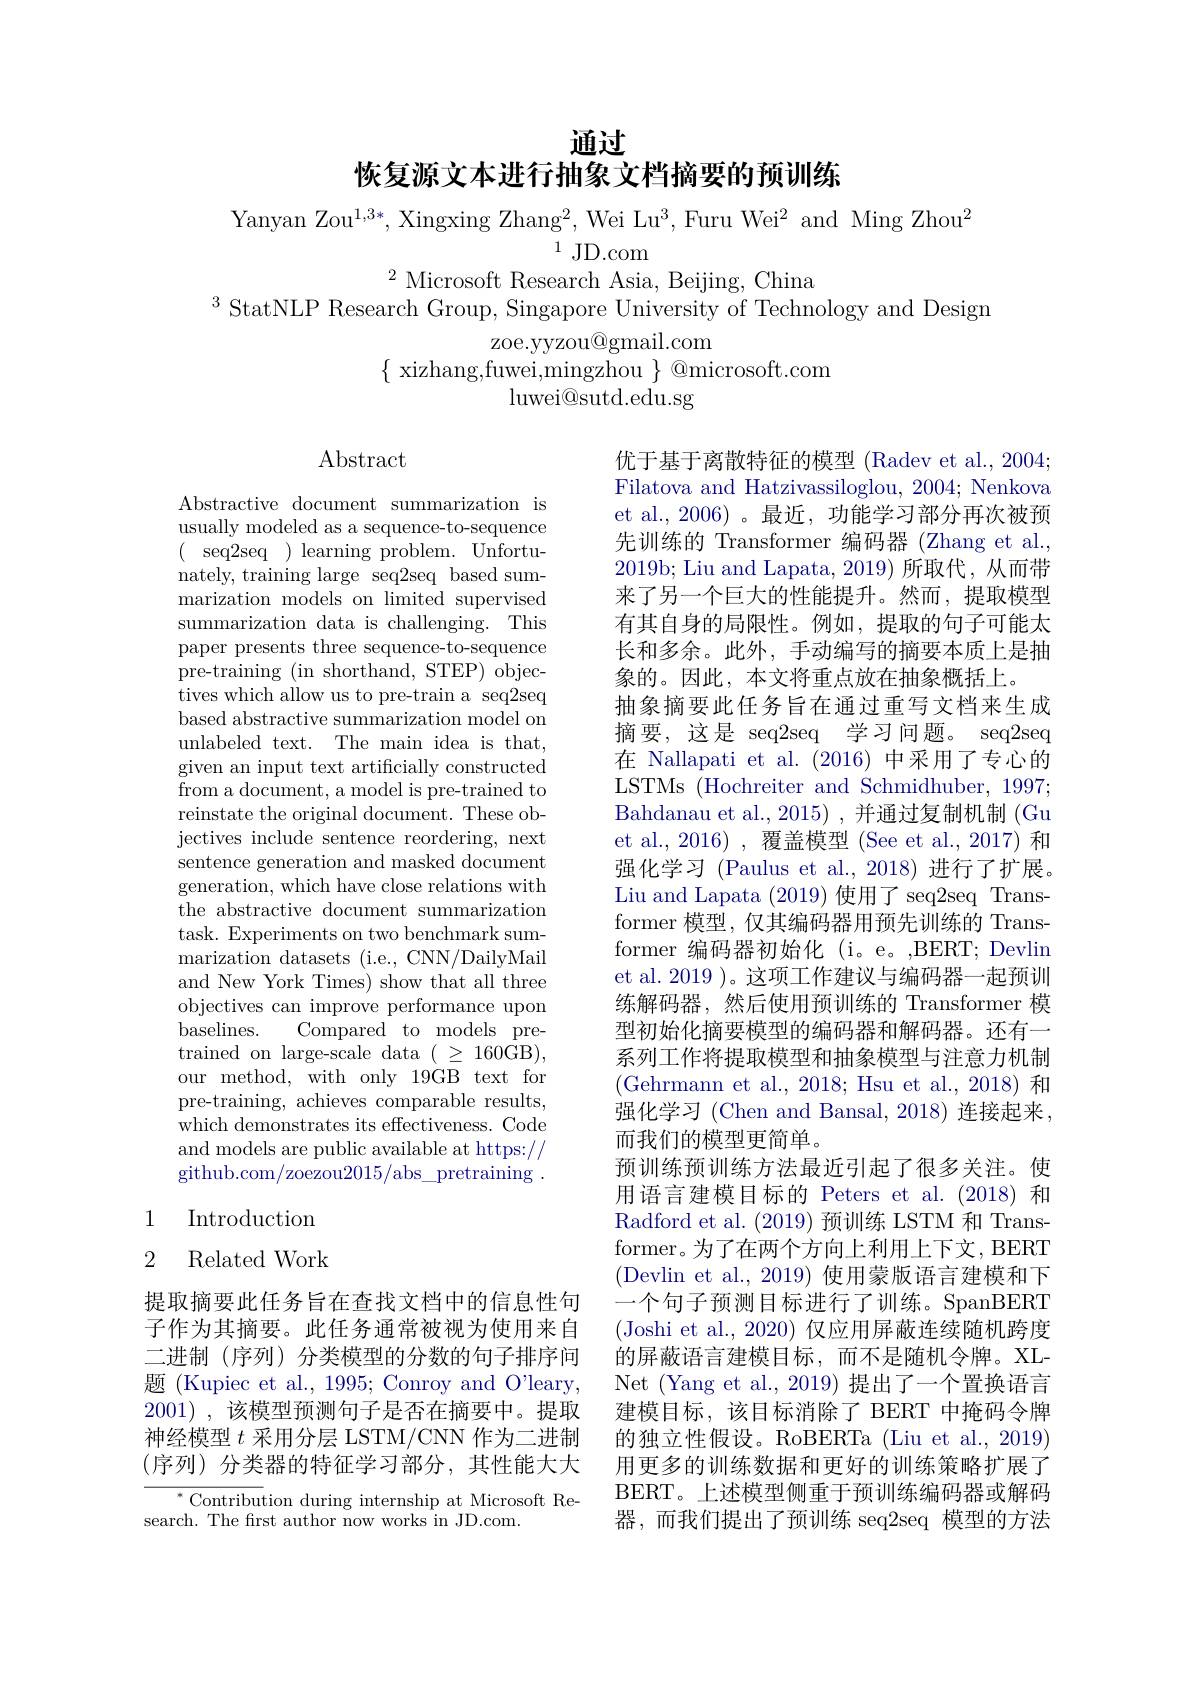
通过

恢复源文本进行抽象文档摘要的预训练

$^2$ Microsoft Research Asia, Beijing, China
$^3$StatNLP Research Group, Singapore University of Technology and Design
zoe.yyzou@gmail.com
$\{$ xizhang,fuwei,mingzhou $\}$ @microsoft.com
$\operatorname*{luwei@sutd.edu.sg}$

$\operatorname{Abstract}$

Abstractive document summarization is usually modeled as a sequence-to-sequence $(\begin{array}{cc}{\mathrm{seq2seq}}&{\mathrm{)~learning~problem.~Unfortu-}}\\\end{array}$ ${\mathrm{nately,~training~large~seq2seq~based~sum-}}$ marization models on limited supervised summarization data is challenging. This paper presents three sequence-to-sequence pre-training (in shorthand, STEP) objectives which allow us to pre-train a seq2seq based abstractive summarization model on unlabeled text. The main idea is that, given an input text artificially constructed from a document, a model is pre-trained to reinstate the original document. These objectives include sentence reordering, next sentence generation and masked document generation, which have close relations with the abstractive document summarization task. Experiments on two benchmark summarization datasets (i.e., CNN/DailyMail and New York Times) show that all three objectives can improve performance upon
Compared to models pre-
baselines.
trained on large-scale data ( $\geq$ 160GB), our method, with only 19GB text for pre-training, achieves comparable results, $\bar{\mathrm{which~demonstrates~its~effectiveness.~Code}}$ and models are public available at https:// github. com/ zoezou2015/ abs$\_$pretraining.

优于基于离散特征的模型 (Radev et al., 2004; Filatova and Hatzivassiloglou, 2004; Nenkova et al.,2006)。最近，功能学习部分再次被预先训练的 Transformer 编码器 (Zhang et al., 2019b; Liu and Lapata, 2019)所取代，从而带来了另一个巨大的性能提升。然而，提取模型有其自身的局限性。例如，提取的句子可能太长和多余。此外，手动编写的摘要本质上是抽象的。因此，本文将重点放在抽象概括上。
抽象摘要此任务旨在通过重写文档来生成摘要，这是 seq2seq 学习问题。seq2seq 在 Nallapati et al. (2016)中采用了专心的LSTMs (Hochreiter and Schmidhuber, 1997; Bahdanau et al., 2015) , 并通过复制机制 (Gu et al., 2016) , 覆盖模型 (See et al., 2017) 和强化学习 (Paulus et al.,2018)进行了扩展。Liu and Lapata (2019)使用了 seq2seq Transformer 模型，仅其编码器用预先训练的 Transformer 编码器初始化 (i。e。,BERT; Devlin et al. 2019 )。这项工作建议与编码器一起预训练解码器，然后使用预训练的 Transformer 模型初始化摘要模型的编码器和解码器。还有一系列工作将提取模型和抽象模型与注意力机制(Gehrmann et al., 2018; Hsu et al., 2018) 和强化学习 (Chen and Bansal, 2018) 连接起来， 而我们的模型更简单。
预训练预训练方法最近引起了很多关注。使用语言建模目标的 Peters et al.(2018)和Radford et al. (2019)预训练 LSTM 和 Transformer。为了在两个方向上利用上下文，BERT (Devlin et al., 2019) 使用蒙版语言建模和下一个句子预测目标进行了训练。SpanBERT (Joshi et al., 2020) 仅应用屏蔽连续随机跨度的屏蔽语言建模目标，而不是随机令牌。XLNet (Yang et al., 2019) 提出了一个置换语言建模目标，该目标消除了 BERT 中掩码令牌的独立性假设。RoBERTa (Liu et al., 2019) 用更多的训练数据和更好的训练策略扩展了BERT。上述模型侧重于预训练编码器或解码器，而我们提出了预训练 seq2seq 模型的方法

## 1 Introduction

2 Related Work

提取摘要此任务旨在查找文档中的信息性句子作为其摘要。此任务通常被视为使用来自二进制 (序列) 分类模型的分数的句子排序问题 (Kupiec et al., 1995; Conroy and O"leary, 2001) , 该模型预测句子是否在摘要中。提取神经模型$t$采用分层 LSTM/CNN 作为二进制(序列)分类器的特征学习部分，其性能大大

${^*\text{Contribu}}$tion during internship at Microsoft Re-
search. The frst author now works in JD.com.